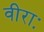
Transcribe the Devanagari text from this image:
वीराः